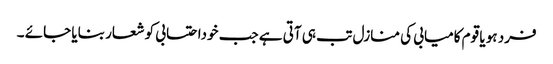
فرد ہو یا قوم کامیابی کی منازل تب ہی آتی ہے جب خوداحتسابی کو شعار بنایا جائے ۔